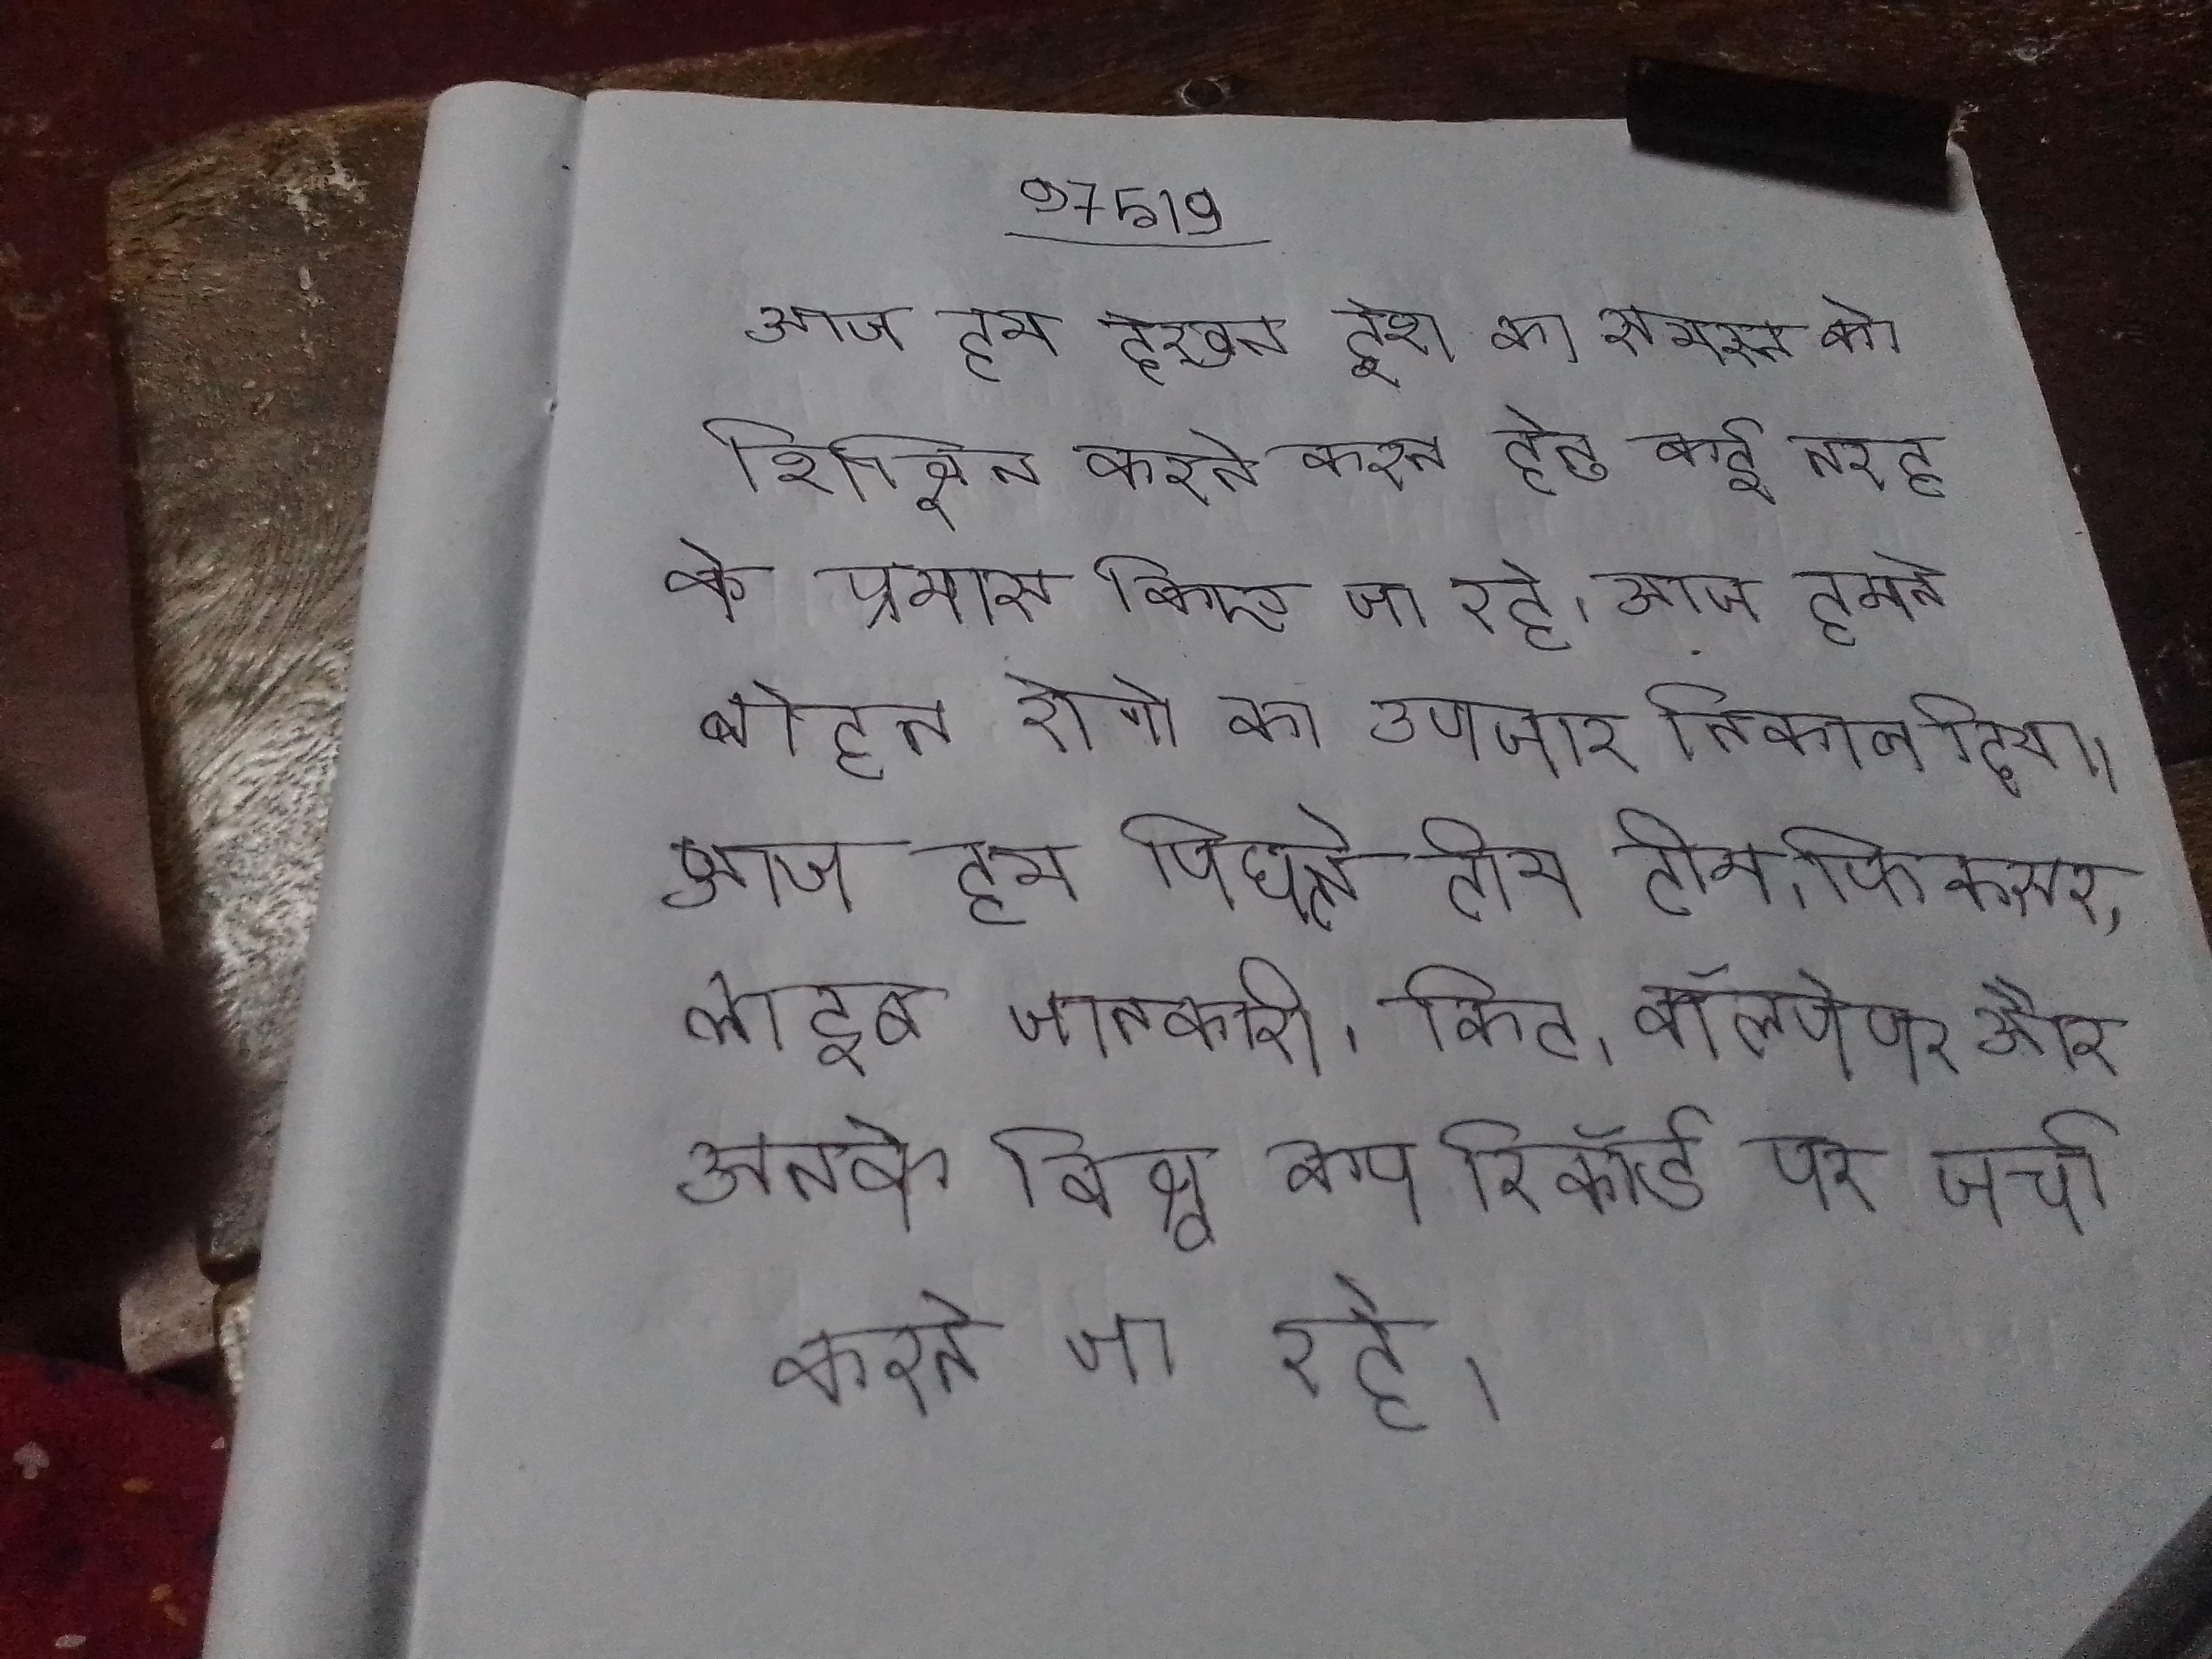
आज हम देखते देश के समस्त को शिक्षित करने करने हेतु कई तरह के प्रयास किए जा रहे । आज हमने बोहत रोगो का उपचार निकाल दिया । आज हम पिछले टीम टीम, फिक्स्चर, लाइव जानकारी, किट, वॉलपेपर और उनके विश्व कप रिकॉर्ड पर चर्चा करने जा रहे ।